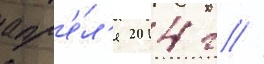
апр'е́л'я 2014 г //